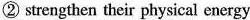
② strengthen their physical energy